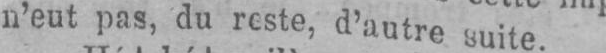
n’eut pas, du reste, d’autre suite.